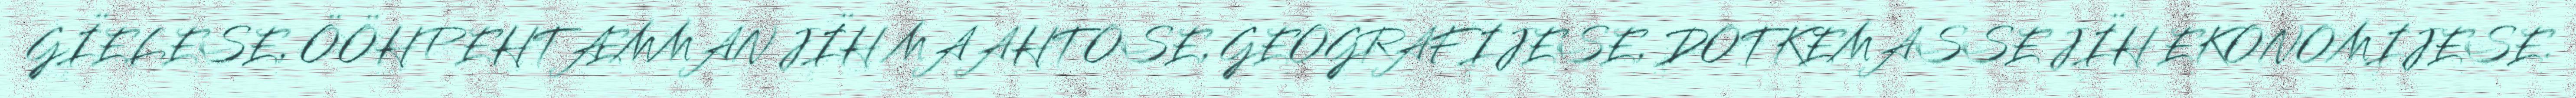
GÏELESE, ÖÖHPEHTÆMMAN JÏH MAAHTOSE, GEOGRAFIJESE, DOTKEMASSE JÏH EKONOMIJESE.